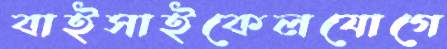
বাইসাইকেলযোগে